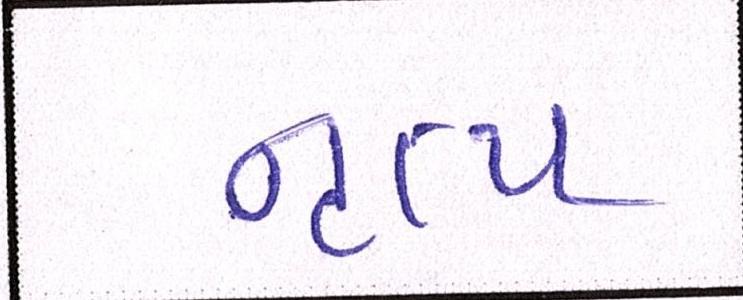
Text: નૃત્ય